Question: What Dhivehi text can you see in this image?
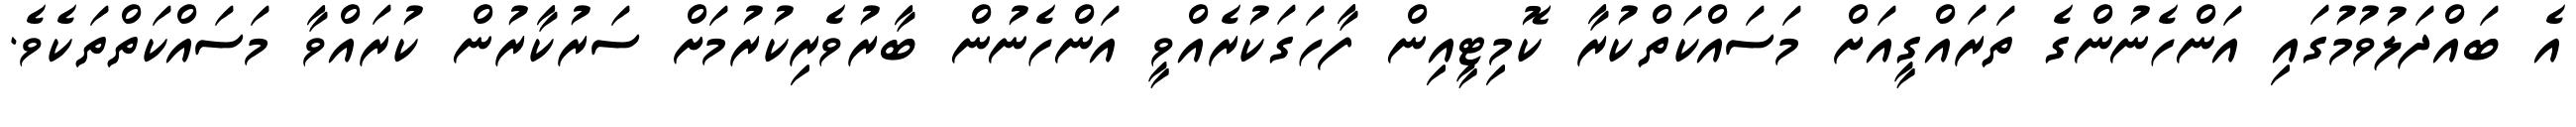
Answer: އެ ބައްދަލުވުމުގައި އަންހެނުންގެ ތަރައްގީއަށް މަސައްކަތްކުރާ ކޮމިޓީއިން ފާހަގަކުރެއްވީ އަންހެނުން ބާރުވެރިކުރުމަށް ސަރުކާރުން ކުރައްވާ މަސައްކަތްތަކެވެ.